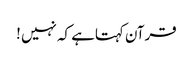
قرآن کہتاہے کہ نہیں !